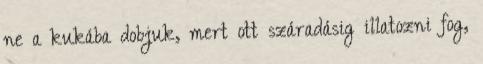
ne a kukába dobjuk, mert ott száradásig illatozni fog,